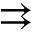
\rightrightarrows